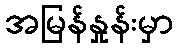
အမြန်နှုန်းမှာ